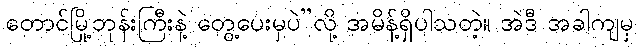
တောင်မြို့ဘုန်းကြီးနဲ့ တွေ့ပေးမှပဲ”လို့ အမိန့်ရှိပါသတဲ့။ အဲဒီ အခါကျမှ